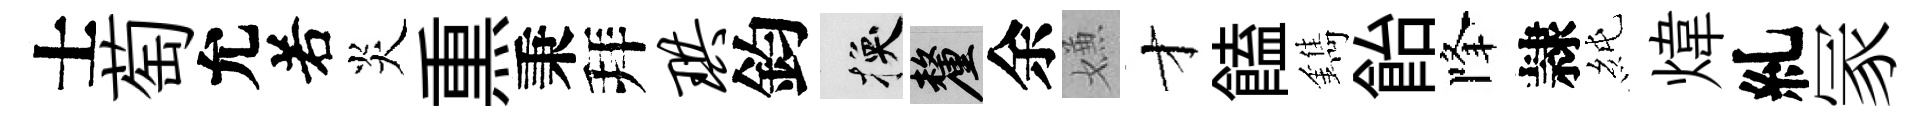
士萄允𠰥炎𤋱秉拜珙鈞换厘余嫌才饁鐫飴降隷純煒糺冡